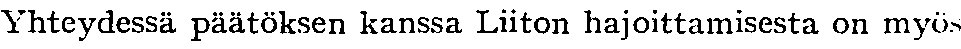
Yhteydessä päätöksen kanssa Liiton hajoittamisesta on myös